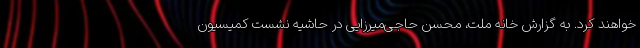
خواهند کرد. به گزارش خانه ملت، محسن حاجی‌میرزایی در حاشیه نشست کمیسیون